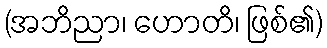
(အဘိညာ၊ ဟောတိ၊ ဖြစ်၏)